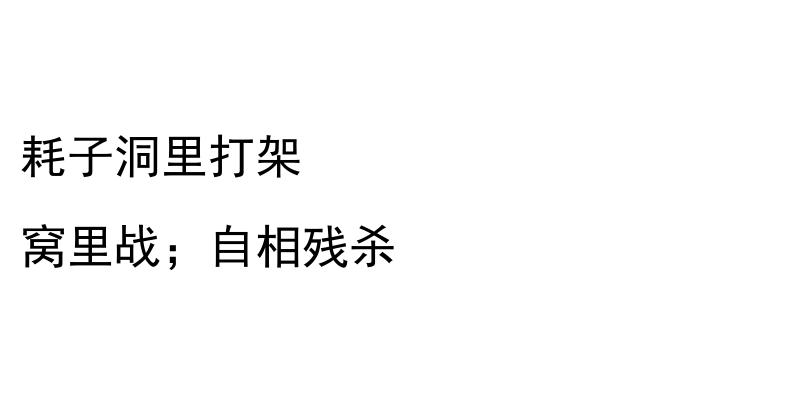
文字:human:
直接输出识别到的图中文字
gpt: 耗子洞里打架 窝里战；自相残杀